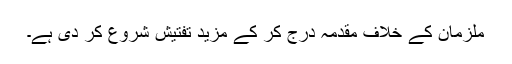
ملزمان کے خلاف مقدمہ درج کر کے مزید تفتیش شروع کر دی ہے۔